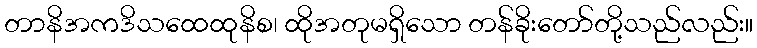
တာနိအကဒိသထေထုနိစ၊ ထိုအတုမရှိသော တန်ခိုးတော်တို့သည်လည်း။